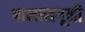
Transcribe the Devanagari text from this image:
बालासगूनी